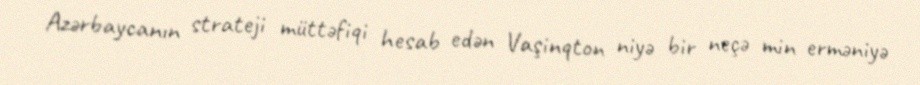
Azərbaycanın strateji müttəfiqi hesab edən Vaşinqton niyə bir neçə min erməniyə